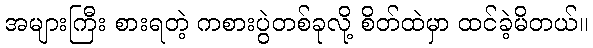
အများကြီး စားရတဲ့ ကစားပွဲတစ်ခုလို့ စိတ်ထဲမှာ ထင်ခဲ့မိတယ်။